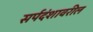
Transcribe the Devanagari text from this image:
सर्पदंशावरील